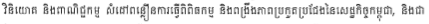
វិនិយោគ និងពាណិជ្ជកម្ម សំដៅពន្លឿនការធ្វើពិពិធកម្ម និងពង្រឹងភាពប្រកួតប្រជែងនៃសេដ្ឋកិច្ចកម្ពុជា, និងជា